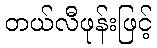
တယ်လီဖုန်းဖြင့်